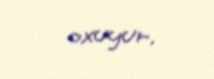
oxuyur.